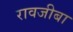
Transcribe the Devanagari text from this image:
रावजीबा